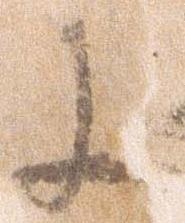
に